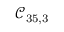
\mathcal { C } _ { 3 5 , 3 }